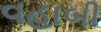
વહાબી